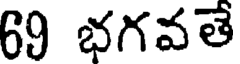
69 భగవతే